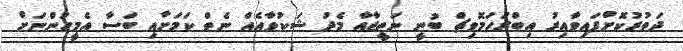
ދަތުރުކޮށްފައިވާއިރު އިބްރަހަމޮވިޗް ބުނީ ނަތީޖާއާ މެދު ޝަކުވާއެއް ނެތް ކަމަށާއި ބަސާ އެމީހުންނަށް